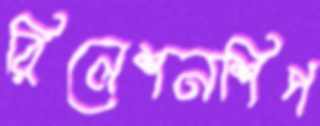
রিলেশনশিপ